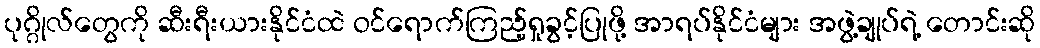
ပုဂ္ဂိုလ်တွေကို ဆီးရီးယားနိုင်ငံထဲ ဝင်ရောက်ကြည့်ရှုခွင့်ပြုဖို့ အာရပ်နိုင်ငံများ အဖွဲ့ချုပ်ရဲ့ တောင်းဆို